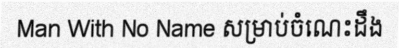
Man With No Name សម្រាប់ចំណេះដឹង